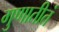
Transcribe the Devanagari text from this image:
गुणातीतं